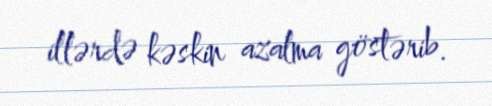
illərdə kəskin azalma göstərib.